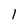
Character: 1